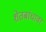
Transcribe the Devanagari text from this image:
शेतबांधावर